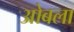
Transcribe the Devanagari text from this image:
ओबला